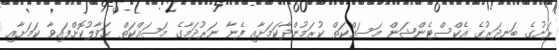
ރަށުގެ ބަނދަރުގެ އެކްސްޓެންޝަން މަސައްކަތް ކުރަމުންދާކަމަށާއި ފެނާ ނަރުދަމާގެ މަސައްކަތް ޙަވާލުކޮށްފައިވާ ކަމަށާއި